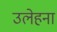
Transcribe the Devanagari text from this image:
उलेहना